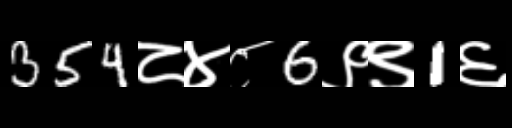
Text: 354८४८6९९1६